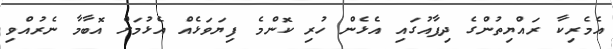
އެމެރިކާ ރައްޔިތުންގެ ދިފާއުގައި އެޅެން ހުރި ކޮންމެ ފިޔަވަޅެއް އެޅުމަށް އޮބާމާ ނެރުއްވި